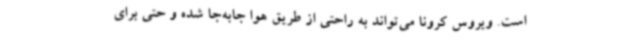
است. ویروس کرونا می‌تواند به راحتی از طریق هوا جابه‌جا شده و حتی برای